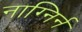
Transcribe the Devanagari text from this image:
नाग्निर्न